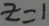
z = 1